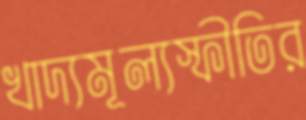
খাদ্যমূল্যস্ফীতির